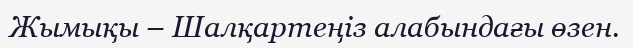
Жымықы – Шалқартеңіз алабындағы өзен.